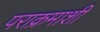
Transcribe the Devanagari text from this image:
पराक्रमाशी